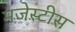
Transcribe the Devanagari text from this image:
मजेस्टीस